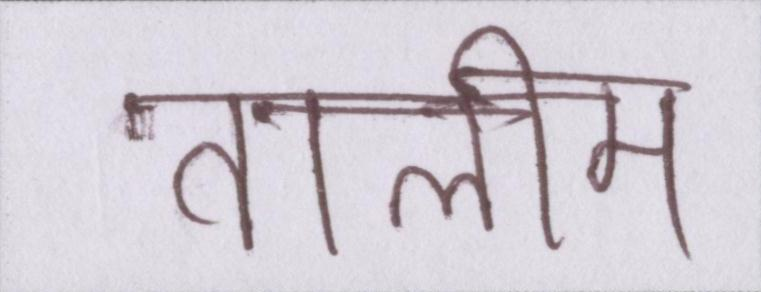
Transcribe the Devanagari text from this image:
तालीम